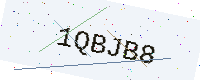
Text: 1QBJB8